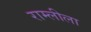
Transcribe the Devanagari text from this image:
राम्लीला